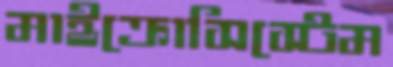
মাইক্রোসিস্টেম